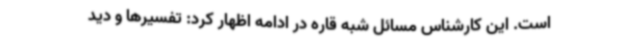
است. این کارشناس مسائل شبه قاره در ادامه اظهار کرد: تفسیرها و دید